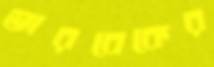
ভারবেকের